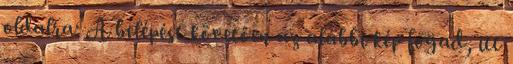
oldalra: A belépést követően az alábbi kép fogad, itt